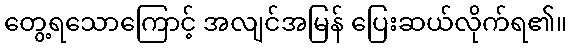
တွေ့ရသောကြောင့် အလျင်အမြန် ပြေးဆယ်လိုက်ရ၏။